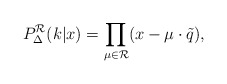
\begin{align*}P_{\Delta}^{\cal R}(k |x)=\prod_{\mu\in{\cal R}}(x-\mu\cdot\tilde{q}), \end{align*}